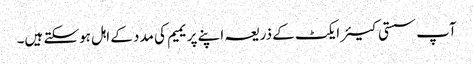
آپ سستی کیئر ایکٹ کے ذریعہ اپنے پریمیم کی مدد کے اہل ہوسکتے ہیں۔